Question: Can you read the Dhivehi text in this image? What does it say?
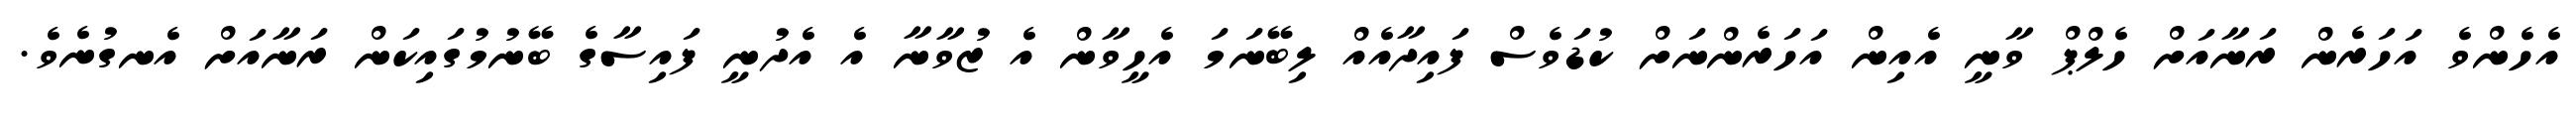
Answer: އެހެންވެ އަހަރެން ރަނާއަށް ހެލްޕް ވާނީ އެއިން އަހަރެންނަށް ކުޑަވެސް ފައިދާއެއް ލިބޭނަމަ އެހީވާން އެ ޒުވާނާ އެ އެދުނީ ފައިސާގެ ބޭނުމުގައިކަން ރަނާއަށް އެނގުނެވެ.